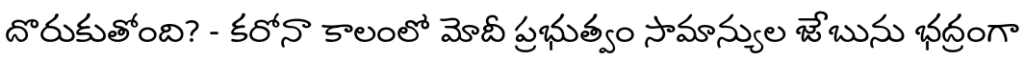
దొరుకుతోంది? - కరోనా కాలంలో మోదీ ప్రభుత్వం సామాన్యుల జేబును భద్రంగా